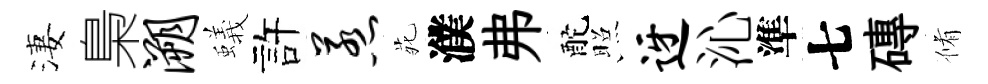
淒梟溯蟻許惹𫟍濮弗酡照迓沁準七磚脩